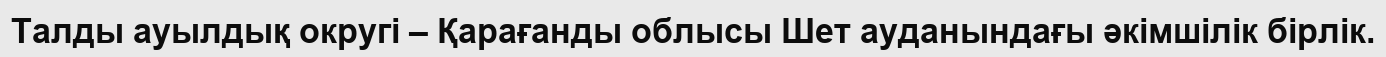
Талды ауылдық округі – Қарағанды облысы Шет ауданындағы әкімшілік бірлік.